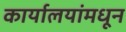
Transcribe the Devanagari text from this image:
कार्यालयांमधून